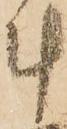
計